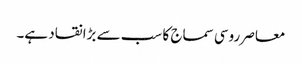
معاصر روسی سماج کا سب سے بڑا نقاد ہے۔